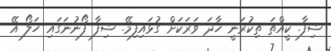
ޝިފާ. ކީއްތަ ތިކުރަނީ ހާދަ ވަރަކަށް ގުޅައިފިމޭ. ޝިފާ ފޯނުނަގައި ހަލޯ އޭ